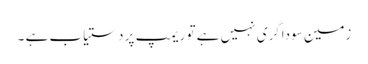
زمین سوداگری نہیں ہے تو ریمپ پر دستیاب ہے ۔